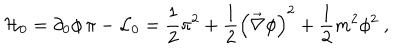
{ \cal H } _ { 0 } = \partial _ { 0 } \phi \, \pi - { \cal L } _ { 0 } = \frac { 1 } { 2 } \pi ^ { 2 } + \frac { 1 } { 2 } \left( \vec { \nabla } \phi \right) ^ { 2 } + \frac { 1 } { 2 } m ^ { 2 } \phi ^ { 2 } \ ,